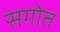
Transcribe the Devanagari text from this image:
सगोत